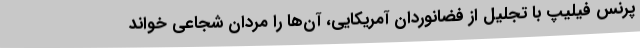
پرنس فیلیپ با تجلیل از فضانوردان آمریکایی، آن‌ها را مردان شجاعی خواند